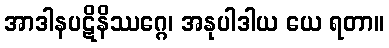
အာဒါနပဋိနိဿဂ္ဂေ၊ အနုပါဒါယ ယေ ရတာ။